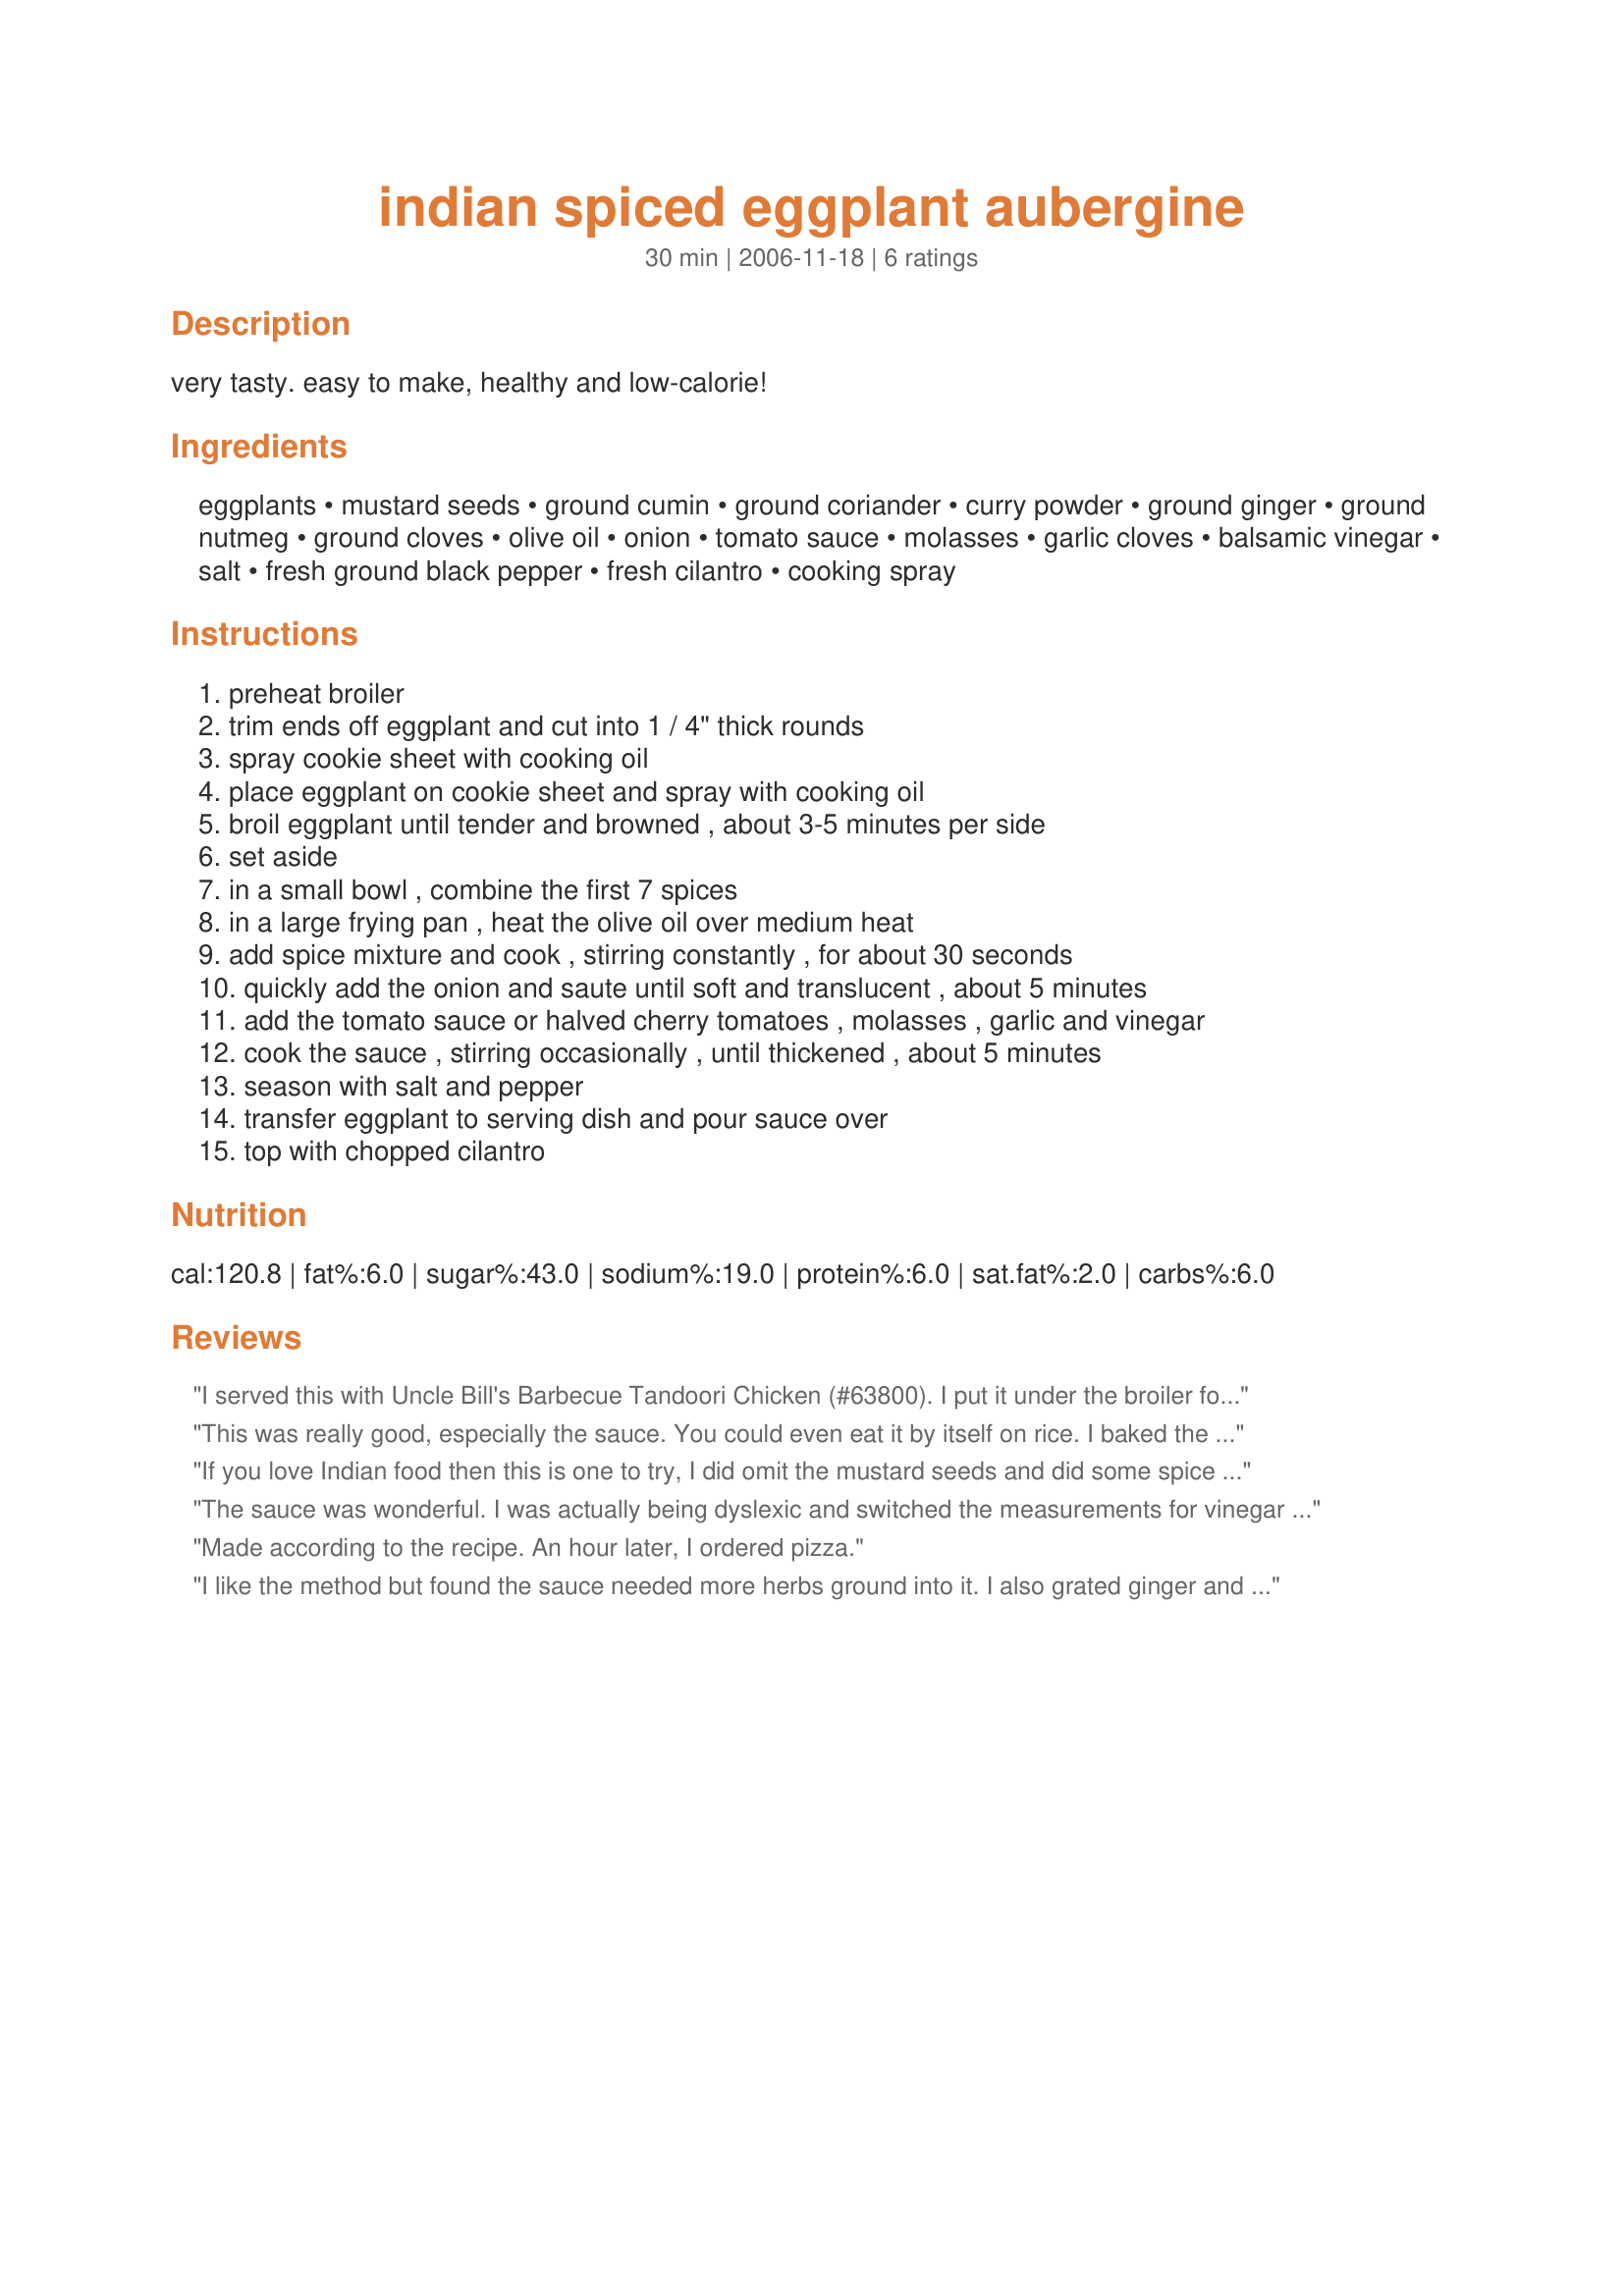
indian spiced eggplant aubergine
Preparation time: 30 minutes

very tasty. easy to make, healthy and low-calorie!

Ingredients:
eggplants, mustard seeds, ground cumin, ground coriander, curry powder, ground ginger, ground nutmeg, ground cloves, olive oil, onion, tomato sauce, molasses, garlic cloves, balsamic vinegar, salt, fresh ground black pepper, fresh cilantro, cooking spray

Steps:
preheat broiler, trim ends off eggplant and cut into 1 / 4" thick rounds, spray cookie sheet with cooking oil, place eggplant on cookie sheet and spray with cooking oil, broil eggplant until tender and browned , about 3-5 minutes per side, set aside, in a small bowl , combine the first 7 spices, in a large frying pan , heat the olive oil over medium heat, add spice mixture and cook , stirring constantly , for about 30 seconds, quickly add the onion and saute until soft and translucent , about 5 minutes, add the tomato sauce or halved cherry tomatoes , molasses , garlic and vinegar, cook the sauce , stirring occasionally , until thickened , about 5 minutes, season with salt and pepper, transfer eggplant to serving dish and pour sauce over, top with chopped cilantro

Reviews:
I served this with Uncle Bill's Barbecue Tandoori Chicken (#63800). I put it under the broiler for 5 minutes and it got a bit too browned so turned the slices over and broiled another 3 minutes and the other sides also got a bit too browned with this length of time. However, The sauce is so delicious and full of taste to pretty much cover up the hint of burned taste. This really is quite delectable and I will definitely make it again keeping a closer eye on the broiler. My sister loved it too and also plans to make it for her and her husband.
This was really good, especially the sauce. You could even eat it by itself on rice. I baked the eggplant at 400 F for 45 minutes, instead of broiling. I added a seeded chili pepper in with the onion for a touch of spice, and squeezed lemon over the finished dish. It served almost three as an entree with brown rice.
If you love Indian food then this is one to try, I did omit the mustard seeds and did some spice amount adjustments, This really only was enough to serve my DS and DS so next time I will double the recipe, thanks for sharing Engrossed...Kitten:)
The sauce was wonderful. I was actually being dyslexic and switched the measurements for vinegar and molasses, but it was fine. It doesn't seem to blend with the eggplants as well. Needs a little fixing that way, but I'm not totally sure how. Sauce is a keeper though. Thanks!
Made according to the recipe. An hour later, I ordered pizza.
I like the method but found the sauce needed more herbs ground into it. I also grated ginger and sauteed it along with the garlic.
